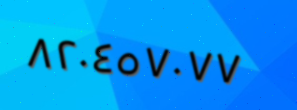
٨٢٠٤٥٧٠٧٧